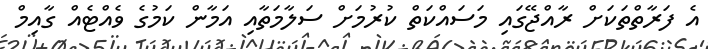
އެ ފަރާތްތަކަށް ރާއްޖޭގައި މަސައްކަތް ކުރުމަށް ސަލާމަތާއި އަމާން ކަމުގެ ވެއްޓެއް ގާއިމް